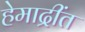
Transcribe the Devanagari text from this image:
हेमाद्रींत